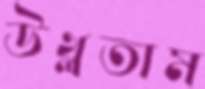
উথ্‌লতাম